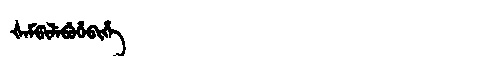
Manchu: ᡧᡝᠮᡦᡳᠯᡝᠪᡠᡥᡝᠪᡳᡥᡝ
Romanization: ŠEMPILEBUHEBIHE